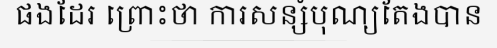
ផងដែរ ព្រោះថា ការសន្សំបុណ្យតែងបាន